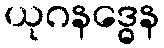
ယုဂနဒ္ဓေန